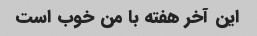
این آخر هفته با من خوب است